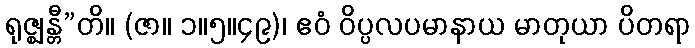
ရုဇ္ဈန္တီ”တိ။ (ဇာ။ ၁။၅။၄၉)၊ ဧဝံ ဝိပ္ပလပမာနာယ မာတုယာ ပိတရာ